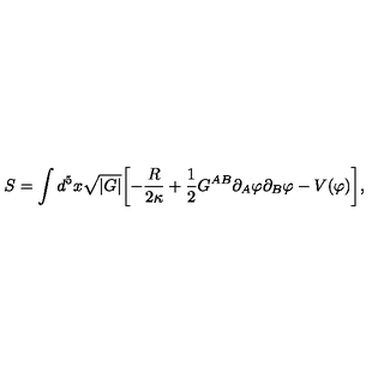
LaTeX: S = \int d ^ { 5 } x \sqrt { | G | } \biggl [ - \frac { R } { 2 \kappa } + \frac { 1 } { 2 } G ^ { A B } \partial _ { A } \varphi \partial _ { B } \varphi - V ( \varphi ) \biggr ] ,